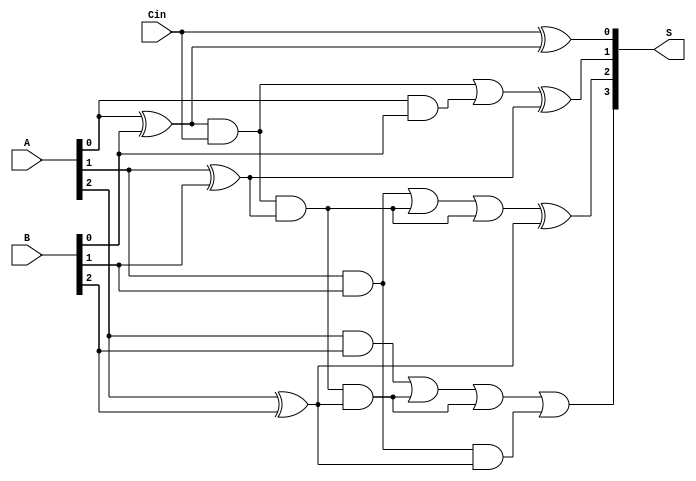
module Adder(A, B, Cin, S);
	input [2:0] A, B;
	input Cin;
	wire Cout;
	output [3:0] S;
	wire [2:0] G, P;
	wire [1:0] C;
	wire [5:0] W;
	
	and a0(G[0], A[0], B[0]);
	xor x0(P[0], A[0], B[0]);
	and a1(G[1], A[1], B[1]);
	xor x1(P[1], A[1], B[1]);
	and a2(G[2], A[2], B[2]);
	xor x2(P[2], A[2], B[2]);
	
	and pc0(W[0], P[0], Cin);
	or o0(C[0], W[0], G[0]);
	
	and pc1(W[1], W[0], P[1]);
	and pc2(W[2], W[0], P[1]);
	or o1(C[1], G[1], W[1], W[2]);
	
	and pc3(W[3], W[1], P[2]);
	and pc4(W[4], W[2], P[2]);
	and pc5(W[5], G[1], P[2]);
	or o2(Cout, G[2], W[3], W[4], W[5]);
	
	xor s0(S[0], Cin, P[0]);
	xor s1(S[1], C[0], P[1]);
	xor s2(S[2], C[1], P[2]);
	and s4(S[3], Cout, 1);
	
endmodule